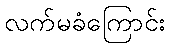
လက်မခံကြောင်း